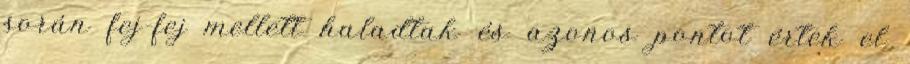
során fej-fej mellett haladtak és azonos pontot értek el